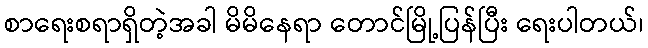
စာရေးစရာရှိတဲ့အခါ မိမိနေရာ တောင်မြို့ပြန်ပြီး ရေးပါတယ်၊